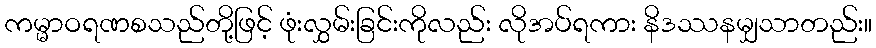
ကမ္မာဝရဏစသည်တို့ဖြင့် ဖုံးလွှမ်းခြင်းကိုလည်း လိုအပ်ရကား နိဒဿနမျှသာတည်း။